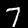
Digit: 7